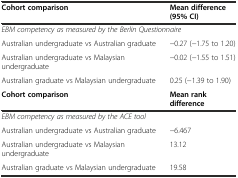
| Cohort comparison | Mean difference (95% CI) |
 | --- | --- |
 | <COLSPAN=2> EBM competency as measured by the Berlin Questionnaire |
 | Australian undergraduate vs Australian graduate | −0.27 (−1.75 to 1.20) |
 | Australian undergraduate vs Malaysian undergraduate | −0.02 (−1.55 to 1.51) |
 | Australian graduate vs Malaysian undergraduate | 0.25 (−1.39 to 1.90) |
 | Cohort comparison | Mean rank difference |
 | <COLSPAN=2> EBM competency as measured by the ACE tool |
 | Australian undergraduate vs Australian graduate | −6.467 |
 | Australian undergraduate vs Malaysian undergraduate | 13.12 |
 | Australian graduate vs Malaysian undergraduate | 19.58 |